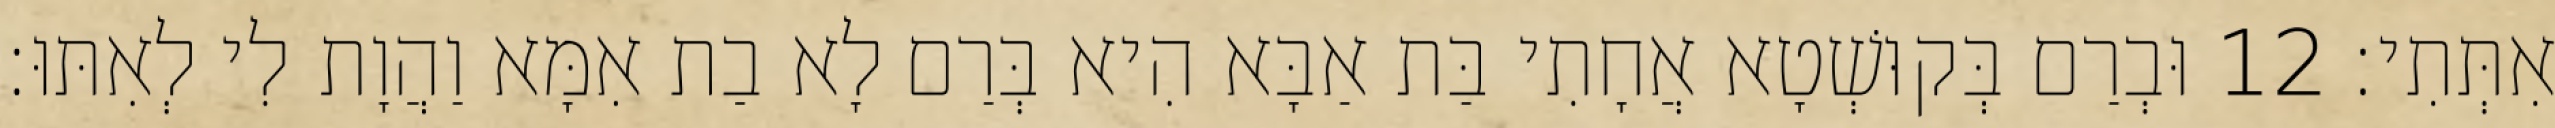
אִתְּתִי׃ 12 וּבְרַם בְּקוּשְׁטָא אֲחָתִי בַּת אַבָּא הִיא בְּרַם לָא בַת אִמָּא וַהֲוָת לִי לְאִתּוּ׃